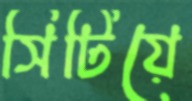
সিটিয়ে